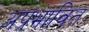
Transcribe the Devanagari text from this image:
अप्रभावित